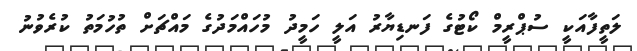
ލަތީފާއަކީ ސުޕްރީމް ކޯޓުގެ ފަނޑިޔާރު އަލީ ހަމީދު މުހައްމަދުގެ މައްޗަށް ތުހުމަތު ކުރެވުނު